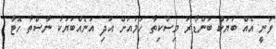
ވަނީ އެއް ބަޔަކު ބަންޑާރަ މިސްކިތާ ހަމައަށް އަދި އަނެއްބަޔަކު ނާސްތާ ހޮޓާ